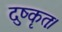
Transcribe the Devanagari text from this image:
दुष्कृतः।